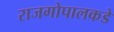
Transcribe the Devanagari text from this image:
राजगोपालकडे